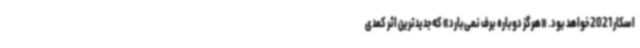
اسکار 2021 خواهد بود. «هرگز دوباره برف نمی‌بارد» که جدیدترین اثر کمدی